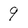
Character: 9